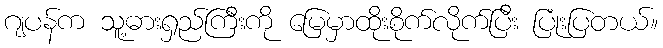
ဂျပန်က သူ့ဓားရှည်ကြီးကို မြေမှာထိုးစိုက်လိုက်ပြီး ပြုံးပြတယ်။